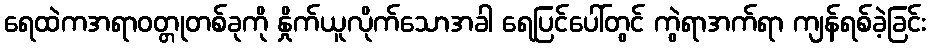
ရေထဲကအရာဝတ္တုတစ်ခုကို နှိုက်ယူလိုက်သောအခါ ရေပြင်ပေါ်တွင် ကွဲရာအက်ရာ ကျန်ရစ်ခဲ့ခြင်း